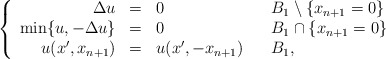
\begin{align*}\left\{\begin{array}{rclll}\Delta u & = & 0 & & B_1 \setminus \{x_{n+1} = 0\}\\\min\{u,-\Delta u\} & = & 0 & & B_1\cap\{x_{n+1} = 0\}\\u(x',x_{n+1}) & = & u(x',-x_{n+1}) & & B_1,\end{array}\right.\end{align*}